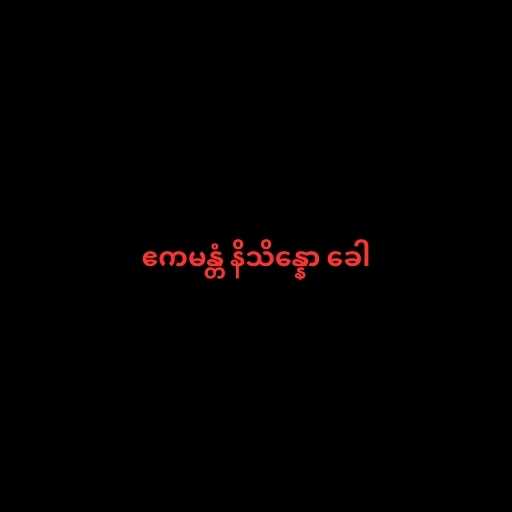
ဧကမန္တံ နိသိန္နော ခေါ